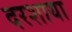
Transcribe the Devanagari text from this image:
दरशाया